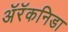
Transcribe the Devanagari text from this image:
अॅरॅकनिडा